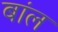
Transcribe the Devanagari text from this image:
बांल